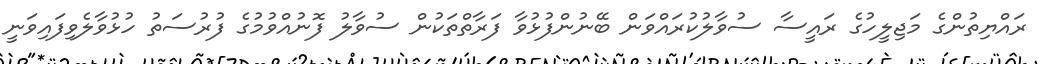
ރައްޔިތުންގެ މަޖިލީހުގެ ރައީސާ ސުވާލުކުރައްވަން ބޭނުންފުޅުވާ ފަރާތްތަކުން ސުވާލު ފޮނުއްވުމުގެ ފުރުސަތު ހުޅުވާލެވިފައިވަނީ